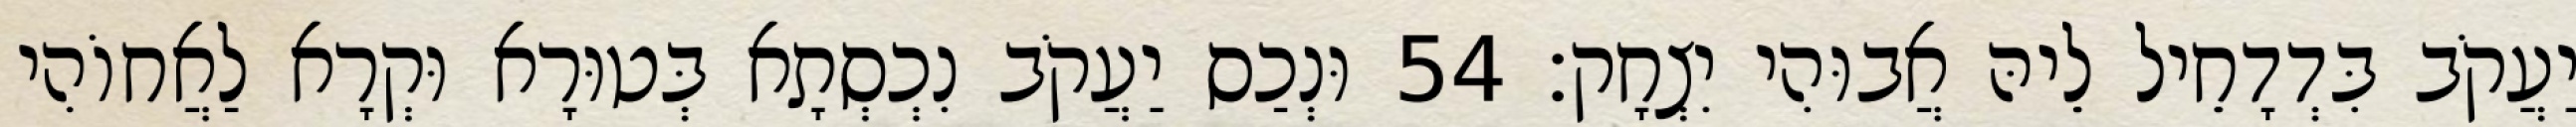
יַעֲקֹב בִּדְדָחֵיל לֵיהּ אֲבוּהִי יִצְחָק׃ 54 וּנְכַס יַעֲקֹב נִכְסְתָא בְּטוּרָא וּקְרָא לַאֲחוֹהִי